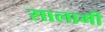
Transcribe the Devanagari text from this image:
सालामी